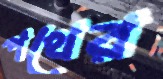
পথের